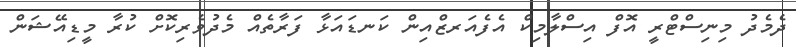
ދެމެދު މިނިސްޓްރީ އޮފް އިސްލާމިކް އެފެއަރޒްއިން ކަނޑައަޅާ ފަރާތެއް މެދުވެރިކޮށް ކުރާ މީޑިއޭޝަން